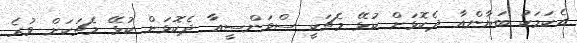
އެކަމަކު ބަޔާންއާ ދެކޮޅަށް ކުޅޭ މެޗަކީ ސްވަންސީއާ ދެކޮޅަށް ކުޅޭ މެޗަކަށް ވުރެ